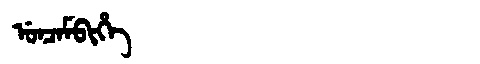
Manchu: ᡠᠨᠴᠠᠮᠪᡳᡥᡝ
Romanization: UNCAMBIHE